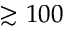
\gtrsim 1 0 0